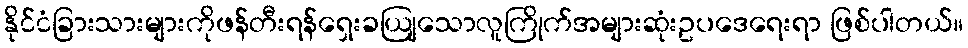
နိုင်ငံခြားသားများကိုဖန်တီးရန်ရှေးခယျြသောလူကြိုက်အများဆုံးဥပဒေရေးရာ ဖြစ်ပါတယ်။